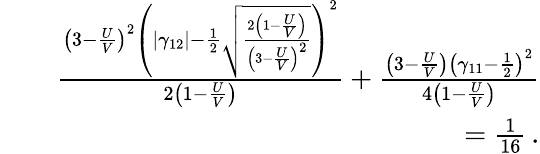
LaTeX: \begin{array}{rlr}&{}&{\frac{\left(3-\frac{U}{V}\right)^{2}\left(|\gamma_{12}|-\frac{1}{2}\sqrt{\frac{2\left(1-\frac{U}{V}\right)}{\left(3-\frac{U}{V}\right)^{2}}}\right)^{2}}{2\left(1-\frac{U}{V}\right)}+\frac{\left(3-\frac{U}{V}\right)\left(\gamma_{11}-\frac{1}{2}\right)^{2}}{4\left(1-\frac{U}{V}\right)}}\\ &{}&{=\frac{1}{16}\, .}\end{array}